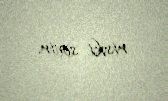
riski sevir.